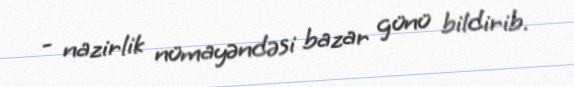
- nazirlik nümayəndəsi bazar günü bildirib.